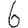
Digit: 6